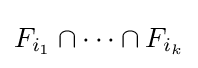
F_{i_{1}}\cap \dots \cap F_{i_{k}}